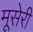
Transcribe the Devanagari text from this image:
मूसेरी